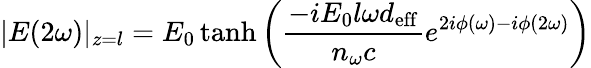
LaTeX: |E(2\omega)|_{z=l}=E_{0}\operatorname{tanh}{\left({\frac{-iE_{0}l\omega d_{\mathrm{eff}}}{n_{\omega}c}}e^{2i\phi(\omega)-i\phi(2\omega)}\right)}